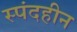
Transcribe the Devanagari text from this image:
स्पंदहीन